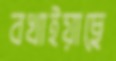
বখাইয়াছে